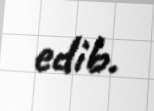
edib.